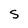
Character: S